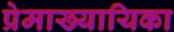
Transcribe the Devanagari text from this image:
प्रेमाख्यायिका